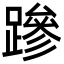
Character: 𮜒